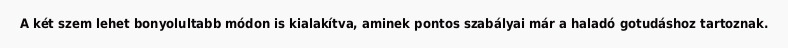
A két szem lehet bonyolultabb módon is kialakítva, aminek pontos szabályai már a haladó gotudáshoz tartoznak.